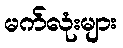
မက်လုံးများ